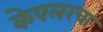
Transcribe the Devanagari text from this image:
केपलरचा